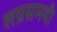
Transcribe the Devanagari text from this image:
लग्नसमयी